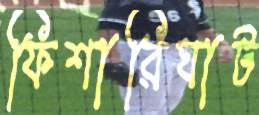
ফিশারিঘাট